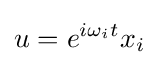
u=e^{i\omega _{i}t}x_{i}